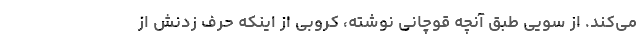
می‌کند. از سویی طبق آنچه قوچانی نوشته، کروبی از اینکه حرف زدنش از